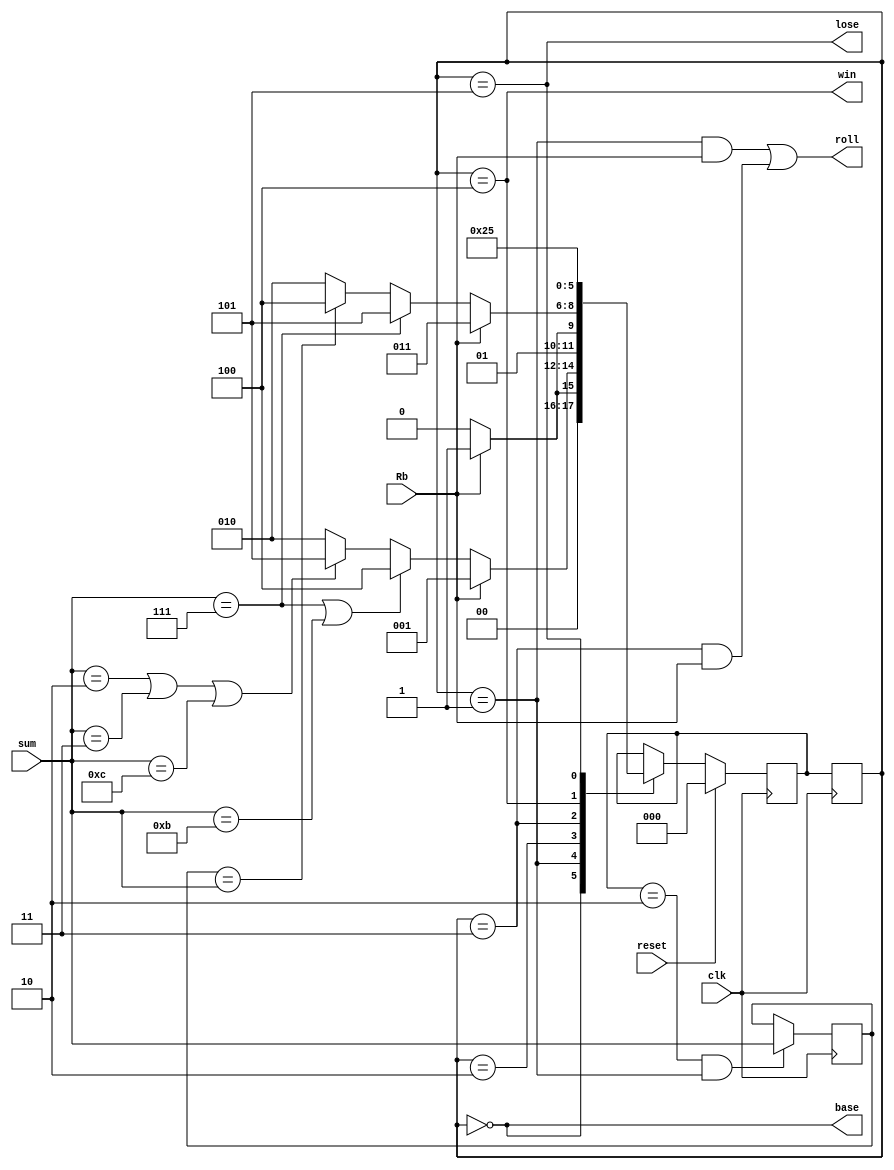
`timescale 1ns / 1ps
//////////////////////////////////////////////////////////////////////////////////
// Company: 
// Engineer: 
// 
// Design Name: 
// Module Name: Control
// Project Name: 
// Target Devices: 
// Tool Versions: 
// Description: 
// 
// Dependencies: 
// 
// Revision:
// Revision 0.01 - File Created
// Additional Comments:
// 
//////////////////////////////////////////////////////////////////////////////////


module Control(input Rb, reset, clk, input[3:0] sum, output roll, win, lose, base);

    reg[2:0] state = 3'b0, nextState = 3'b0;
    reg[3:0] pastSum;
    wire load;
    
    localparam Base = 3'b000;
    localparam firstRoll = 3'b001;
    localparam passStage = 3'b010;
    localparam subsequentRoll = 3'b011;
    localparam Win = 3'b100;
    localparam Lose = 3'b101;
    
    //state logic
    always@(posedge clk)begin
        state <= nextState;
    if(load) 
        pastSum <= sum;
    end
    
        
    //next state logic
    always@(posedge clk)begin
    if(reset)
        nextState = Base;
    else begin
    case(state)
    Base: if(Rb) nextState = firstRoll;
          else nextState = Base;
    firstRoll: if(Rb) nextState = firstRoll;
               else begin
               if (sum == 7 | sum == 11) nextState = Win;
               else if (sum == 2 | sum == 3 | sum == 12) nextState = Lose;
               else 
               nextState = passStage; 
               end
    passStage: if(Rb) nextState = subsequentRoll;
               else nextState = passStage;
    subsequentRoll: if(Rb) nextState <= subsequentRoll;
                    else begin
                    if(sum == 7) nextState = Lose;
                    else if(pastSum == sum) nextState = Win;
                    else 
                    nextState = passStage;
                    end
     Win: if(reset) nextState = Base;
          else nextState = Win;
     Lose: if(reset) nextState = Base;
           else nextState = Lose;
     endcase
     end
     end
     
     assign roll = (state==firstRoll & Rb) | (state==subsequentRoll & Rb);
     assign load = (nextState==passStage & state==firstRoll);
     assign base = (state==Base);
          
     //output logic
     assign win = (state == Win);
     assign lose = (state == Lose); 
               
endmodule